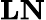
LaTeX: \mathbf{LN}